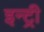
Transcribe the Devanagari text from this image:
इन्ट्री